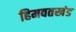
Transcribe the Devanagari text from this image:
हिमवतखंड